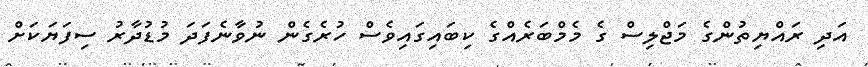
އަދި ރައްޔިތުންގެ މަޖްލިސް ގެ މެމްބަރެއްގެ ކިބައިގައިވެސް ހުރެގެން ނުވާނެފަދަ މުޑުދާރު ސިފަޔަކަށް